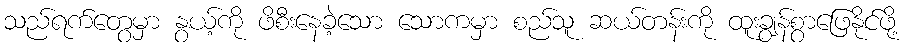
သည်ရက်တွေမှာ နွယ့်ကို ဖိစီးနေခဲ့သော သောကမှာ စည်သူ ဆယ်တန်းကို ထူးချွန်စွာဖြေနိုင်ဖို့